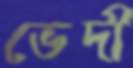
ভেদী